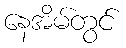
နေအိမ်တွင်